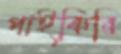
পাইকিরি